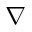
\nabla